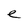
Character: e